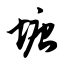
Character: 塘